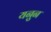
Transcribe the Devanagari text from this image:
यनुन